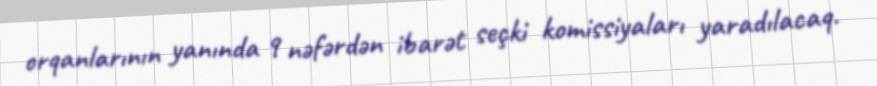
orqanlarının yanında 9 nəfərdən ibarət seçki komissiyaları yaradılacaq.